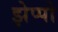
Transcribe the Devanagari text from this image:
झेप्पो